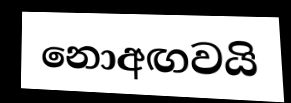
නොඅඟවයි